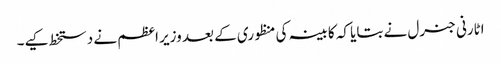
اٹارنی جنرل نے بتایا کہ کابینہ کی منظوری کے بعد وزیر اعظم نے دستخط کیے۔